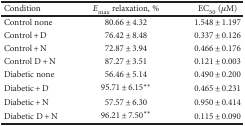
<table><thead><tr><td><b>Condition</b></td><td><b><i>E</i><sub>max</sub> relaxation, %</b></td><td><b>EC<sub>50</sub> (<i>μ</i>M)</b></td></tr></thead><tbody><tr><td>Control none</td><td>80.66 ± 4.32</td><td>1.548 ± 1.197</td></tr><tr><td>Control + D</td><td>76.42 ± 8.48</td><td>0.337 ± 0.126</td></tr><tr><td>Control + N</td><td>72.87 ± 3.94</td><td>0.466 ± 0.176</td></tr><tr><td>Control D + N</td><td>87.27 ± 3.51</td><td>0.121 ± 0.003</td></tr><tr><td>Diabetic none</td><td>56.46 ± 5.14</td><td>0.490 ± 0.200</td></tr><tr><td>Diabetic + D</td><td>95.71 ± 6.15<sup>∗∗</sup></td><td>0.465 ± 0.231</td></tr><tr><td>Diabetic + N</td><td>57.57 ± 6.30</td><td>0.950 ± 0.414</td></tr><tr><td>Diabetic D + N</td><td>96.21 ± 7.50<sup>∗∗</sup></td><td>0.115 ± 0.090</td></tr></tbody></table>